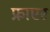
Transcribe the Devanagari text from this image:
फ्राएर